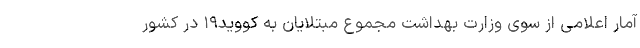
آمار اعلامی از سوی وزارت بهداشت مجموع مبتلایان به کووید۱۹ در کشور